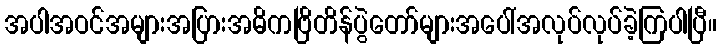
အပါအဝင်အများအပြားအဓိကဗြိတိန်ပွဲတော်များအပေါ်အလုပ်လုပ်ခဲ့ကြပါပြီ။